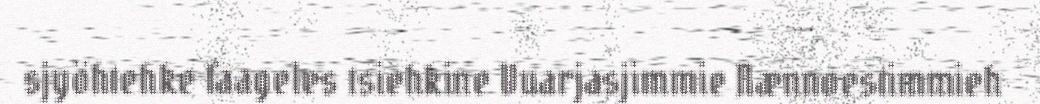
sjyöhtehke faageles tsiehkine Vuarjasjimmie Nænnoestimmieh